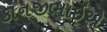
કાનજીભાઇએ